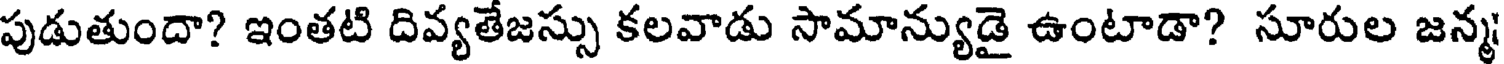
పుడుతుందా? ఇంతటి దివ్యతేజస్సు కలవాడు సామాన్యుడై ఉంటాడా? సూరుల జన్మ